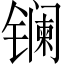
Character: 镧